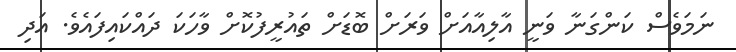
ނަމަވެސް ކަންގަނާ ވަނީ އާލިއާއަށް ވަރަށް ބޮޑަށް ތައުރީފުކޮށް ވާހަކަ ދައްކައިފައެވެ. އަދި